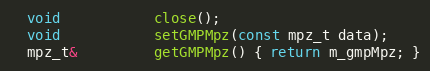
Language: C
  void           close();
  void           setGMPMpz(const mpz_t data);
  mpz_t&         getGMPMpz() { return m_gmpMpz; }